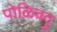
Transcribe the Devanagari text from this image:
पोळिवदु